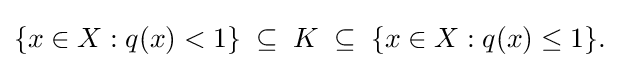
{\textstyle \{x\in X:q(x)<1\}\;\subseteq \;K\;\subseteq \;\{x\in X:q(x)\leq 1\}.}